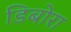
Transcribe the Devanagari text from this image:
डिबोरा